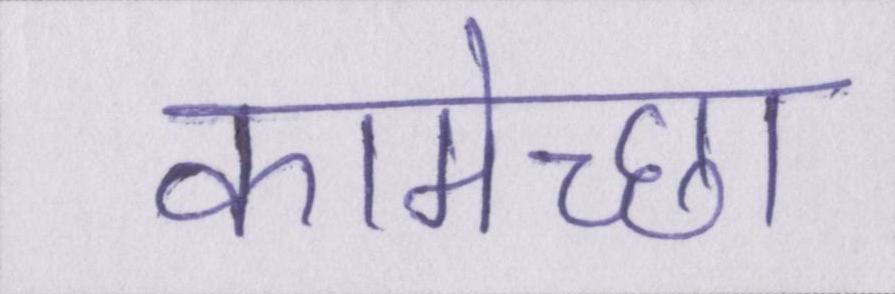
कामेच्छा